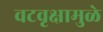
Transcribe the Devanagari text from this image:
वटवृक्षामुळे